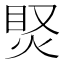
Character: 𤈳